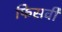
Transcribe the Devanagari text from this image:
फिसर्वी